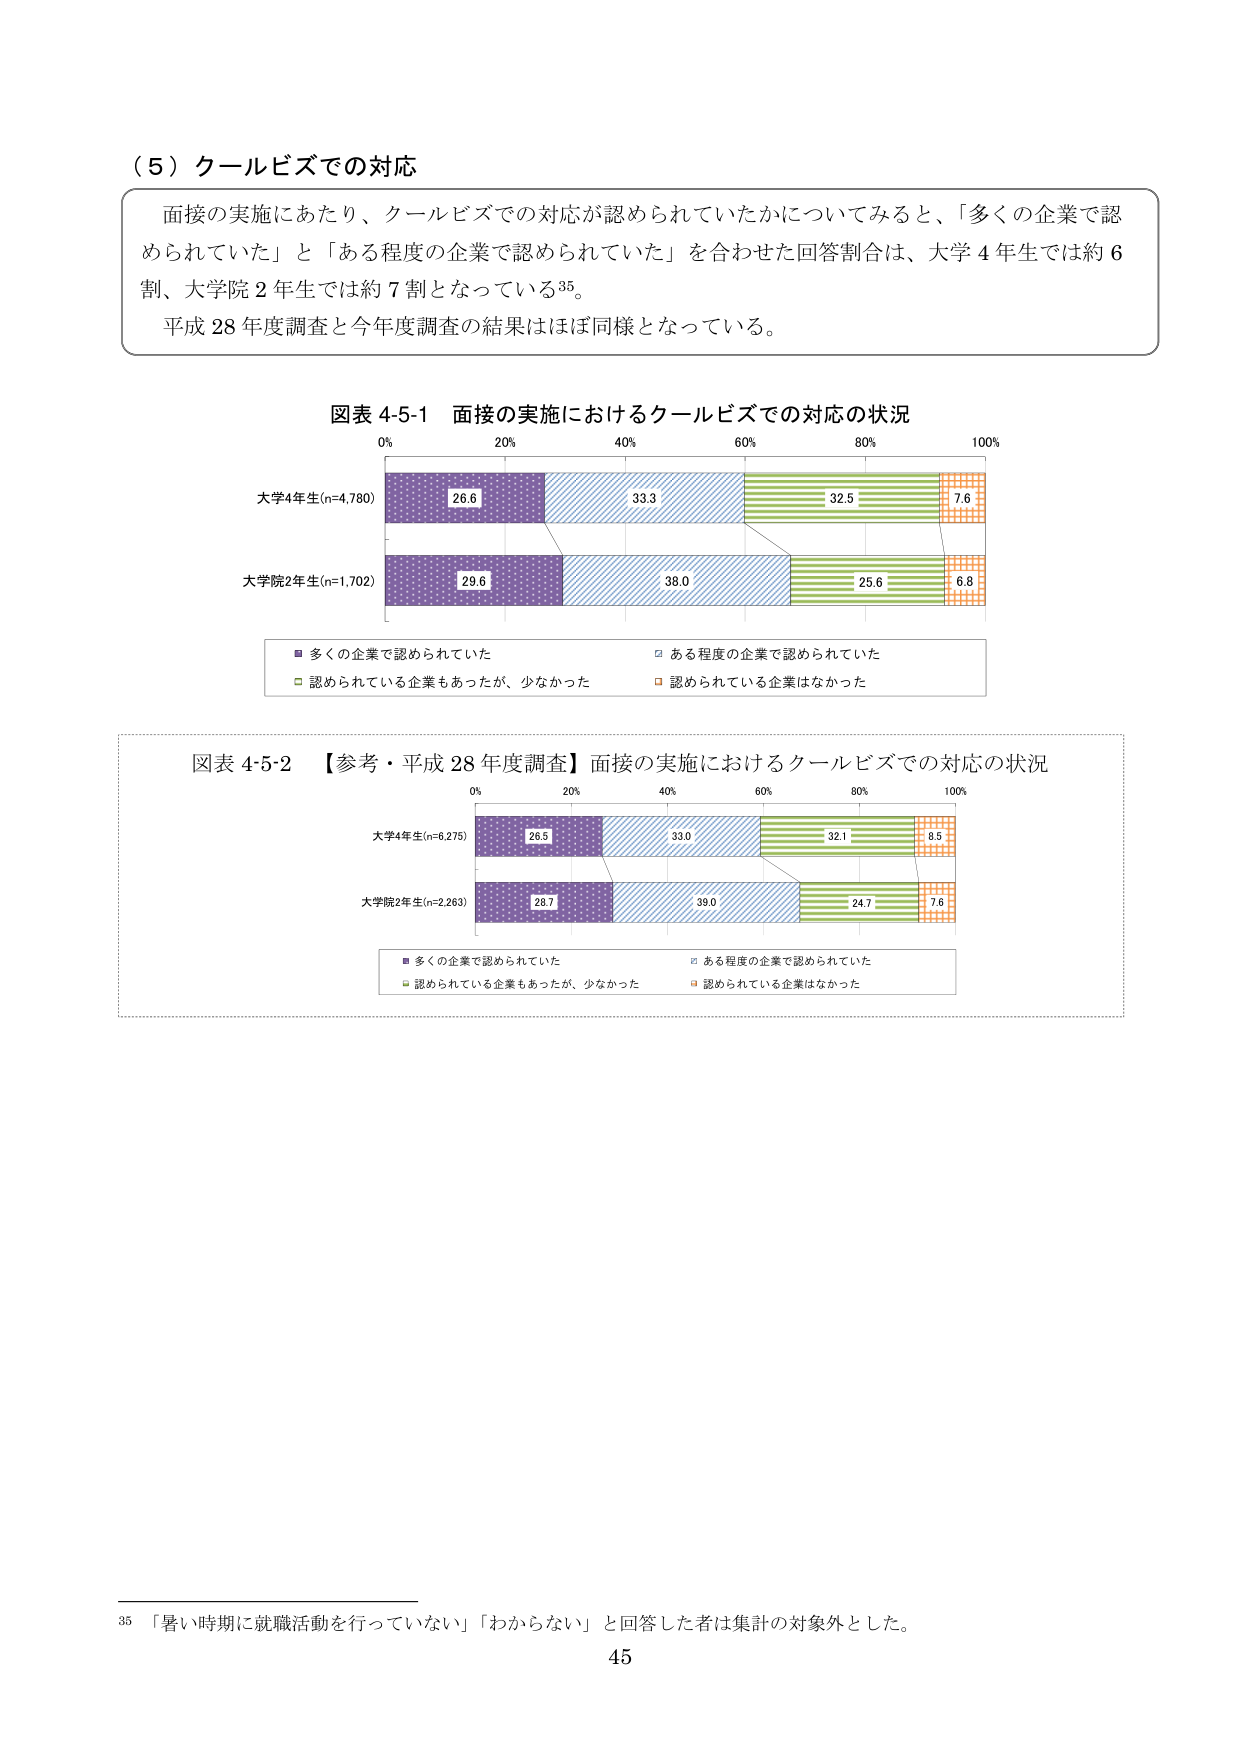
（５）クールビズでの対応

面接の実施にあたり、クールビズでの対応が認められていたかについてみると、「多くの企業で認められていた」と「ある程度の企業で認められていた」を合わせた回答割合は、大学４年生では約６割、大学院２年生では約７割となっている35。
平成28年度調査と今年度調査の結果はほぼ同様となっている。

図表 4-5-1 面接の実施におけるクールビズでの対応の状況
0% 20% 40% 60% 80% 100%
大学4年生(n=4,780)
26.6 33.3 32.5 7.6
大学院2年生(n=1,702)
29.6 38.0 25.6 6.8
■ 多くの企業で認められていた □ ある程度の企業で認められていた
□ 認められている企業もあったが、少なかった □ 認められている企業はなかった

図表 4-5-2 【参考・平成28年度調査】面接の実施におけるクールビズでの対応の状況
0% 20% 40% 60% 80% 100%
大学4年生(n=6,275)
26.5 33.0 32.1 8.5
大学院2年生(n=2,263)
28.7 39.0 24.7 7.6
■ 多くの企業で認められていた □ ある程度の企業で認められていた
□ 認められている企業もあったが、少なかった □ 認められている企業はなかった

35 「暑い時期に就職活動を行っていない」「わからない」と回答した者は集計の対象外とした。
45